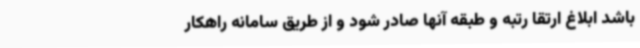
باشد ابلاغ ارتقا رتبه و طبقه آنها صادر شود و از طریق سامانه راهکار